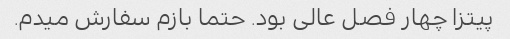
پیتزا چهار فصل عالی بود. حتما بازم سفارش میدم.